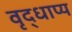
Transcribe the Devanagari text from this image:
वृद्धाप्य